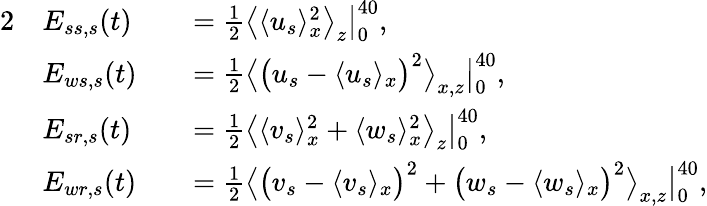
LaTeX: \begin{array}{rlrl}{{2}}&{E_{ss,s}(t)}&&{=\frac{1}{2}\big\langle\langle u_{s}\rangle_{x}^{2}\big\rangle_{z}\big|_{0}^{40},}\\ &{E_{ws,s}(t)}&&{=\frac{1}{2}\big\langle\big(u_{s}-\langle u_{s}\rangle_{x}\big)^{2}\big\rangle_{x,z}\big|_{0}^{40},}\\ &{E_{sr,s}(t)}&&{=\frac{1}{2}\big\langle\langle v_{s}\rangle_{x}^{2}+\langle w_{s}\rangle_{x}^{2}\big\rangle_{z}\big|_{0}^{40},}\\ &{E_{wr,s}(t)}&&{=\frac{1}{2}\big\langle\big(v_{s}-\langle v_{s}\rangle_{x}\big)^{2}+\big(w_{s}-\langle w_{s}\rangle_{x}\big)^{2}\big\rangle_{x,z}\big|_{0}^{40},}\end{array}